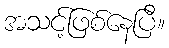
အသင့်ဖြစ်နေပြီ။